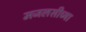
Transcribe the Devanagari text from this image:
मजलसीच्या